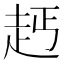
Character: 𧺪